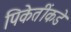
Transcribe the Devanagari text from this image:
पिकेतींकडे